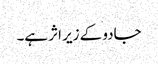
جادو کے زیر اثر ہے۔